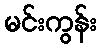
မင်းကွန်း